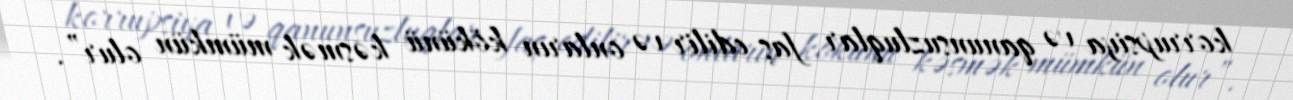
korrupsiya və qanunsuzluqlar faş edilir və onların kökünü kəsmək mümkün olur”.